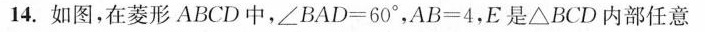
14.如图，在菱形ABCD中，$$\angle B A D = 6 0°$$，$$A B = 4$$，E是\bigtriangleupBCD内部任意